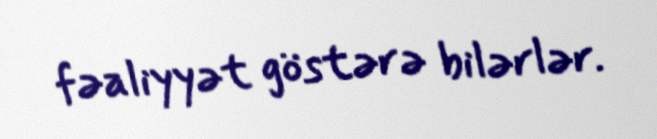
fəaliyyət göstərə bilərlər.